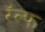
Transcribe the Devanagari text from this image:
रॅल्फ